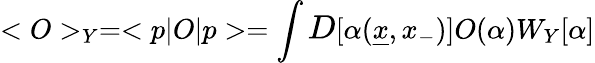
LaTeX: <O>_{Y}=<p\vert O\vert p>=\int{\large D}[\alpha({\underline{{x}}},x_{-})]O(\alpha)W_{Y}[\alpha]